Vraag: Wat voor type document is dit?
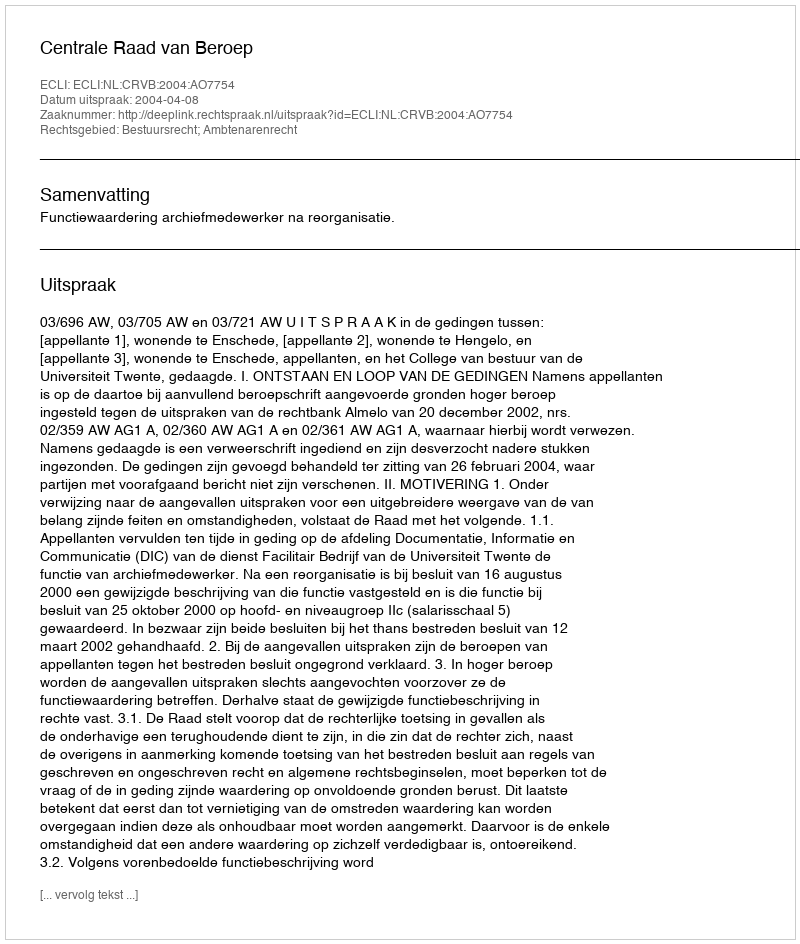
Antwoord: Uitspraak